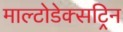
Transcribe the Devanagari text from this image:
माल्टोडेक्सट्रिन